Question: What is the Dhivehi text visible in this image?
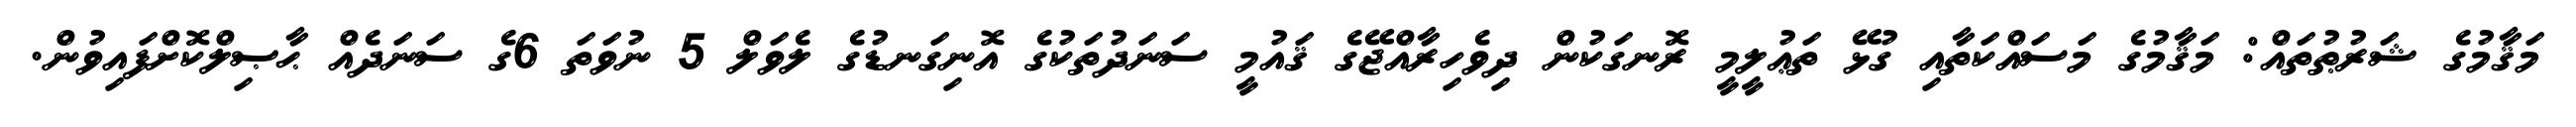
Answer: މަޤާމުގެ ޝަރުޠުތައް: މަޤާމުގެ މަސައްކަތާއި ގުޅޭ ތަޢުލީމީ ރޮނގަކުން ދިވެހިރާއްޖޭގެ ޤައުމީ ސަނަދުތަކުގެ އޮނިގަނޑުގެ ލެވަލް 5 ނުވަތަ 6ގެ ސަނަދެއް ޙާޞިލްކޮށްފައިވުން.